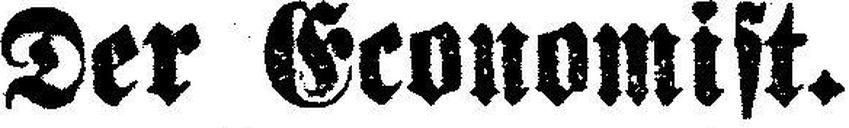
Der Economist.